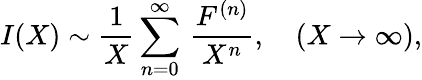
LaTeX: I(X)\sim\frac{1}{X}\sum_{n=0}^{\infty}\, \frac{F^{(n)}}{X^{n}},\quad(X\to\infty),